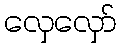
လှေလှော်